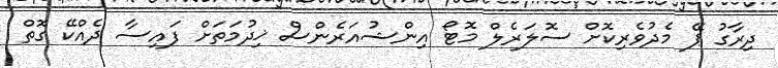
ދިރާގު ޕޭ މެދުވެރިކޮށް ސޮލަރެލް މޮޓޯ އިންޝުއަރެންސް ޚިދުމަތަށް ފައިސާ ދެއްކޭ ގޮތް